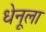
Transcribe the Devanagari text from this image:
धेनूला